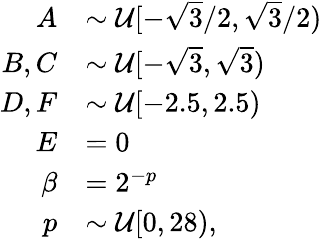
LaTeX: \begin{array}{rl}{A}&{\sim\mathcal{U}[-\sqrt{3}/2,\sqrt{3}/2)}\\ {B,C}&{\sim\mathcal{U}[-\sqrt{3},\sqrt{3})}\\ {D,F}&{\sim\mathcal{U}[-2.5,2.5)}\\ {E}&{=0}\\ {\beta}&{=2^{-p}}\\ {p}&{\sim\mathcal{U}[0,28),}\end{array}